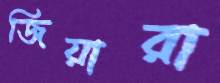
জিয়ারা